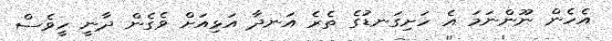
އެހެން ނޫންނަމަ އެ ހަށިގަނޑުގެ ތެރެ އަނދާ އަޅިއަށް ވެގެން ދާނީ ހީވެސް